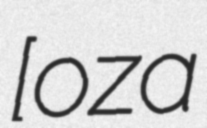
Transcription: [ɐˈʁoˌza